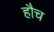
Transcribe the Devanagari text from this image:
हौच